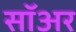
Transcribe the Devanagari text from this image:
सॉअर